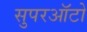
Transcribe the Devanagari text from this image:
सुपरऑटो